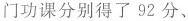
门功课分别得了92分、